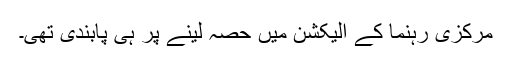
مرکزی رہنما کے الیکشن میں حصہ لینے پر ہی پابندی تھی۔